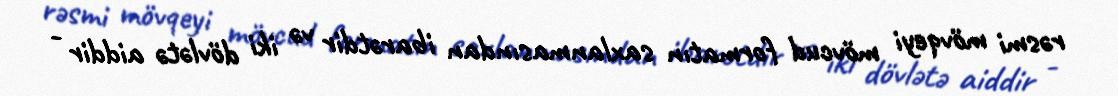
rəsmi mövqeyi mövcud formatın saxlanmasından ibarətdir və iki dövlətə aiddir -